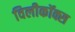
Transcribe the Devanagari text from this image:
विलीकॉक्स